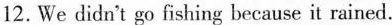
12. We didn't go fishing because it rained.